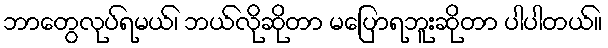
ဘာတွေလုပ်ရမယ်၊ ဘယ်လိုဆိုတာ မပြောရဘူးဆိုတာ ပါပါတယ်။